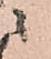
ニ